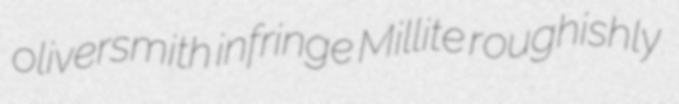
oliversmith infringe Millite roughishly